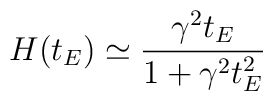
H(t_E) \simeq \frac{\gamma^2 t_E}{1 + \gamma^2 t_E^2}